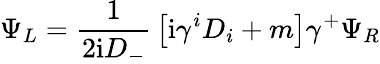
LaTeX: \Psi_{L}={\frac{1}{2\mathrm{i}D_{-}}}\left[\mathrm{i}\gamma^{i}D_{i}+m\right]\gamma^{+}\Psi_{R}